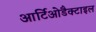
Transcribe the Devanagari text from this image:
आर्टिओडैक्टाइल